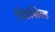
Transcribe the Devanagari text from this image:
विंडशिल्ड